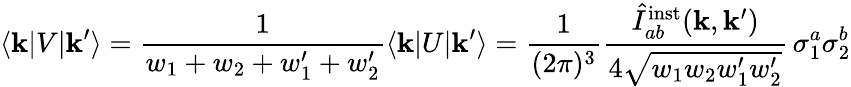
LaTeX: \langle{\mathbf k}\vert V\vert{\mathbf k}^{\prime}\rangle={\frac{1}{w_{1}+w_{2}+w_{1}^{\prime}+w_{2}^{\prime}}}\langle{\mathbf k}\vert U\vert{\mathbf k}^{\prime}\rangle=\frac{1}{(2\pi)^{3}}\frac{\hat{I}_{ab}^{\mathrm{inst}}({\mathbf k},{\mathbf k}^{\prime})}{4\sqrt{w_{1}w_{2}w_{1}^{\prime}w_{2}^{\prime}}}\, \sigma_{1}^{a}\sigma_{2}^{b}